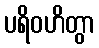
ပရိဝဟိတွာ